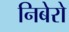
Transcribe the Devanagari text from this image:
निबेरो